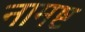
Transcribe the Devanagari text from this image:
नामष्ट